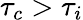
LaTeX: \tau_{c}>\tau_{i}